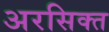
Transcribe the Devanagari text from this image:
अरसिक्त